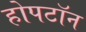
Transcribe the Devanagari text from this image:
होपटॉन